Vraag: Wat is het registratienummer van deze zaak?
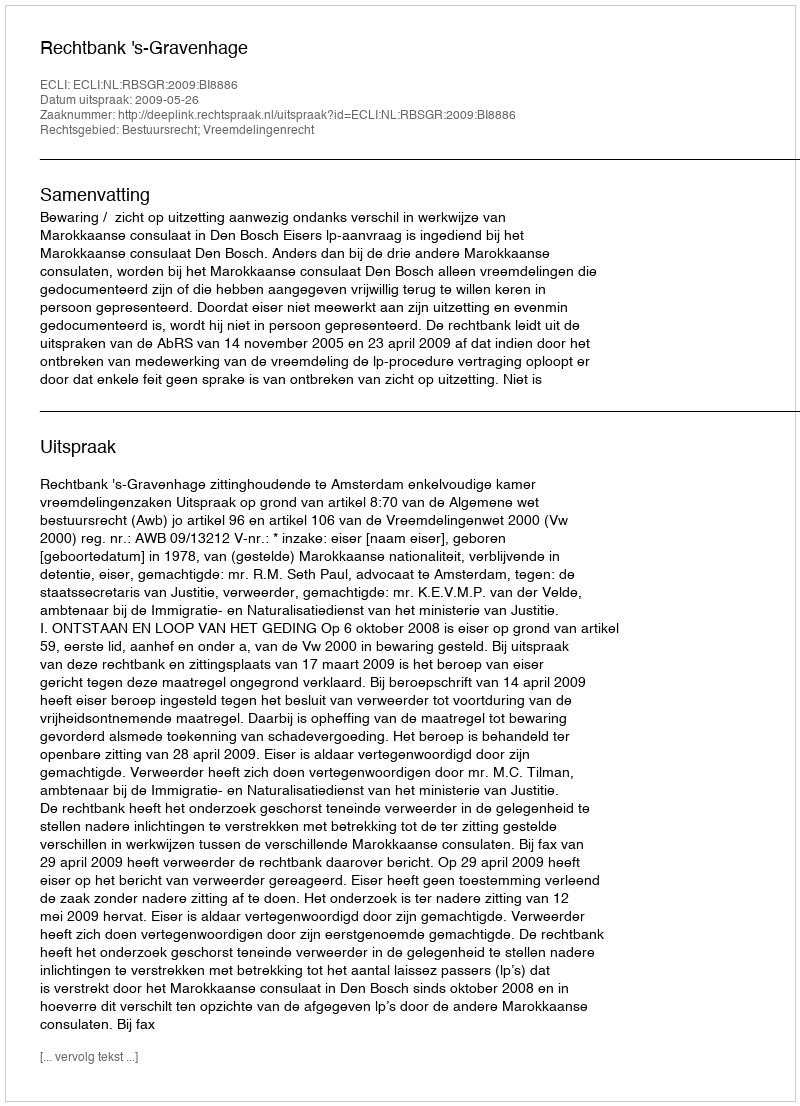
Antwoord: http://deeplink.rechtspraak.nl/uitspraak?id=ECLI:NL:RBSGR:2009:BI8886